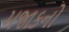
મજાકનો